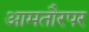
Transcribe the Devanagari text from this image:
आमतौरपर